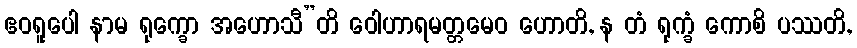
ဧဝရူပေါ နာမ ရုက္ခော အဟောသီ”တိ ဝေါဟာရမတ္တမေဝ ဟောတိ, န တံ ရုက္ခံ ကောစိ ပဿတိ,